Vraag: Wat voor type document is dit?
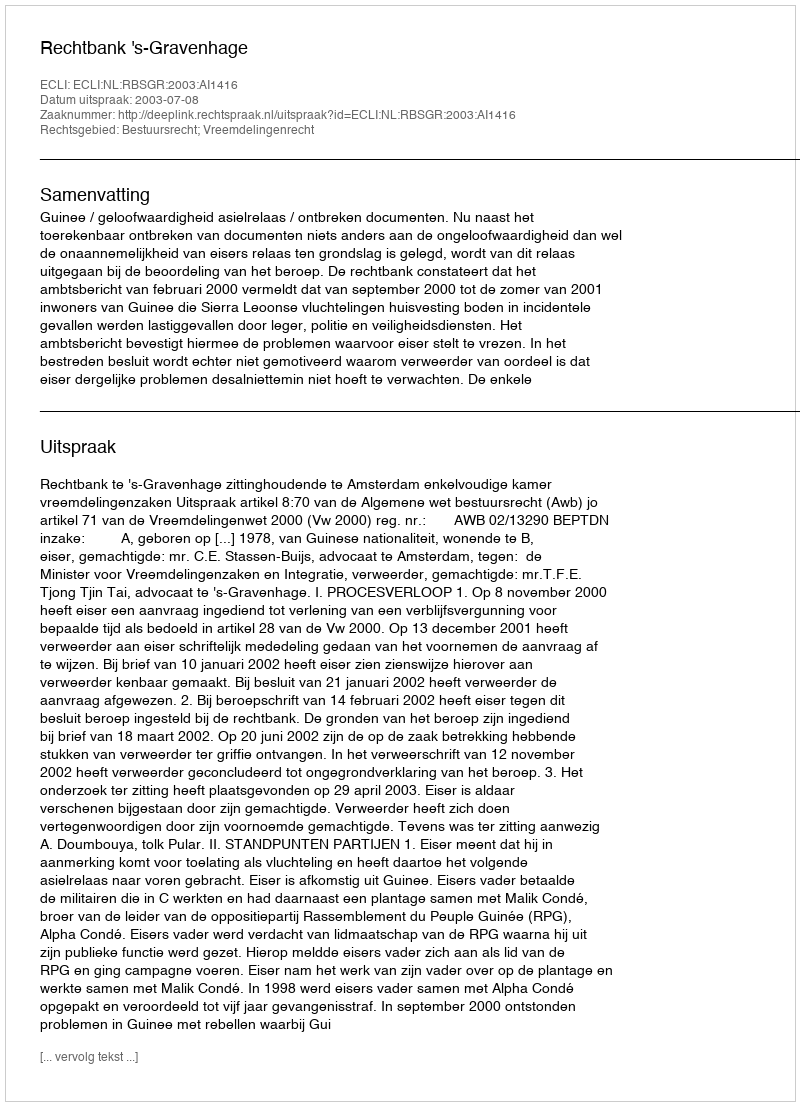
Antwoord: Uitspraak